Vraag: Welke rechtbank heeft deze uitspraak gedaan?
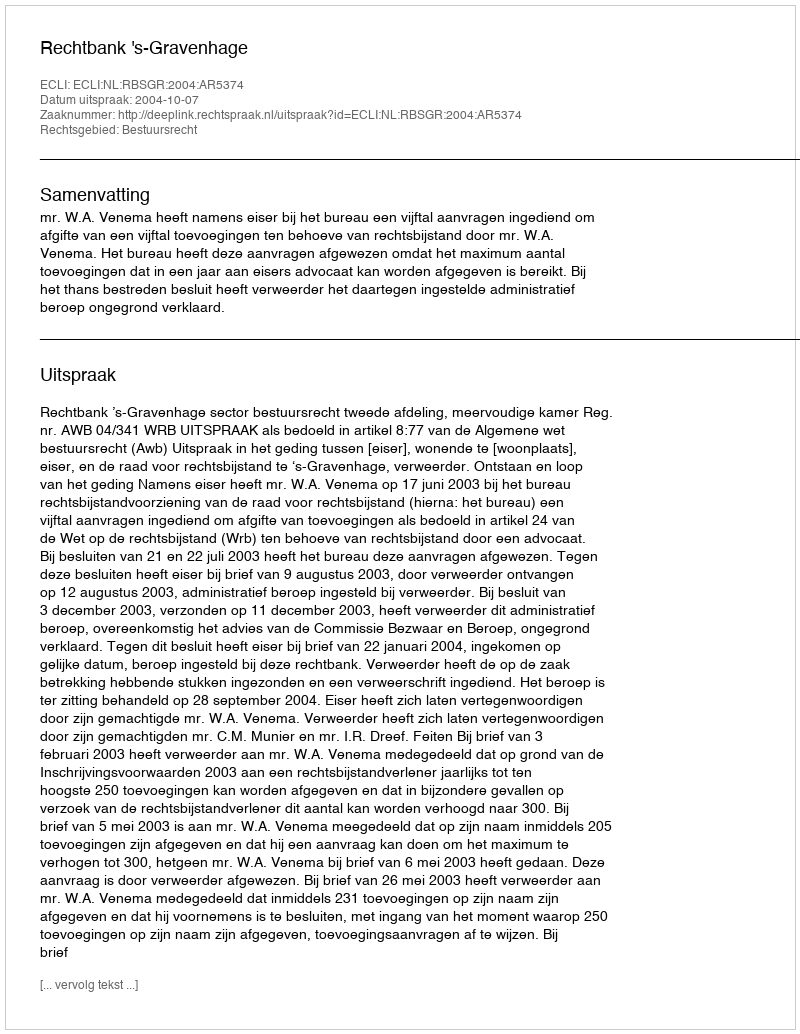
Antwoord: Rechtbank 's-Gravenhage